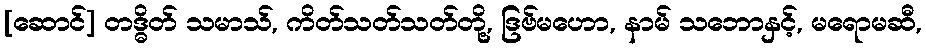
[ဆောင်] တဒ္ဓိတ် သမာသ်, ကိတ်သတ်သတ်တို့, ဒြဗ်မဟော, နာမ် သဘောနှင့်, မရောမဆီ,